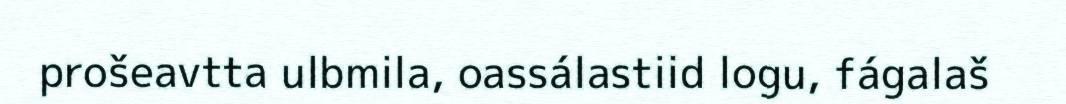
prošeavtta ulbmila, oassálastiid logu, fágalaš